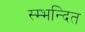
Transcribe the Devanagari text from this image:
स्म्भन्दित